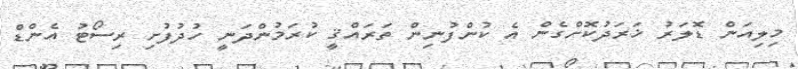
މިލިއަން ޑޮލަރު ޚަރަދުކޮށްގެން އެ ކުންފުނިން ތަރައްޤީ ކުރަމުންދަނީ ހުދުފުށި ރިސޯޓު އެންޑް